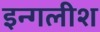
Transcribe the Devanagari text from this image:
इन्गलीश